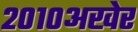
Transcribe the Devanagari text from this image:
२०१०अखेर